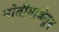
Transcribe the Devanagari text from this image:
मोतीमाळेतून